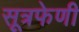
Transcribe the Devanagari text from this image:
सूत्रफेणी